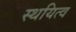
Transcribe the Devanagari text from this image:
स्थयित्व